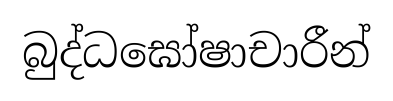
බුද්ධඝෝෂාචාරීන්